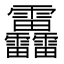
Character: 靐